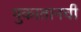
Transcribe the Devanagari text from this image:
युकातानची